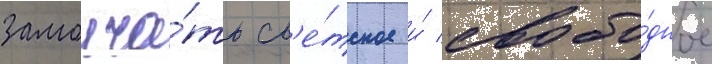
замолча́ть св'е́тское и́ свобо́дное